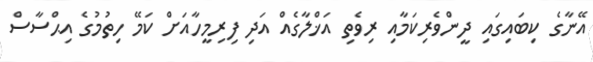
އޭނާގެ ކިބައިގައި ދީންވެރިކަމާއި ރިވެތި އަޚްލާގެއް އަދި ފިރިމީހާއަށް ކަމޭ ހިތުމުގެ އިޙްސާސް